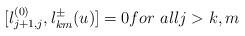
LaTeX: \begin{align*}[l_{j+1,j}^{(0)},l_{km}^{\pm}(u)]=0for\ allj>k,m\end{align*}